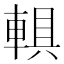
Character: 𨍄